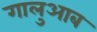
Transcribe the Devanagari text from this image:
गालुआब